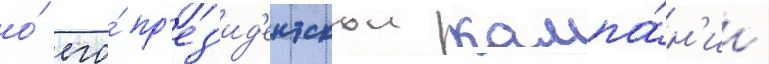
о́ его́ пр'ез'ид'ентскои кампа́н'ии